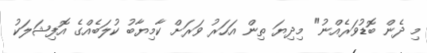
މި ދެން ބޮޑުވަރެއްނު" މިދިޔަ ތިން އަހަރު ވަރަށް ކާމިޔާބު ކުލަބެއްގެ އޮފިޝަލަކު